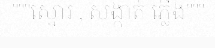
"""ស្នោរ , សង្កាត់ ភ្លើង"""